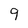
Character: 9